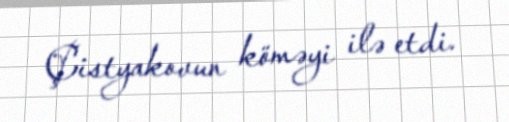
Çistyakovun köməyi ilə etdi.